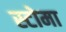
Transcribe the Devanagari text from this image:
स्टोमा